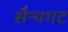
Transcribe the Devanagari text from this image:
सैन्यगट